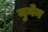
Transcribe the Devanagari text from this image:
युनेन